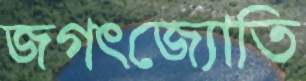
জগৎজ্যোতি